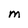
Character: M